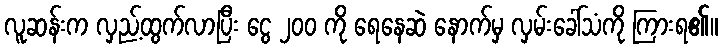
လူဆန်းက လှည့်ထွက်လာပြီး ငွေ ၂၀၀ ကို ရေနေဆဲ နောက်မှ လှမ်းခေါ်သံကို ကြားရ၏။